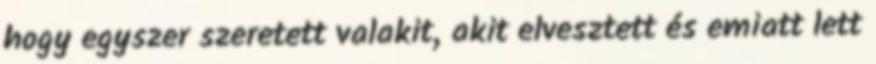
hogy egyszer szeretett valakit, akit elvesztett és emiatt lett